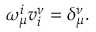
\omega _ { \mu } ^ { i } v _ { i } ^ { \nu } = \delta _ { \mu } ^ { \nu } .